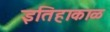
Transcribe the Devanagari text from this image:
इतिहाकाळ